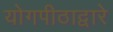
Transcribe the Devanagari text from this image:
योगपीठाद्वारे